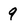
Character: q